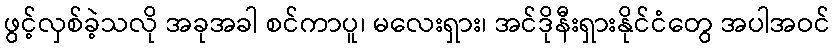
ဖွင့်လှစ်ခဲ့သလို အခုအခါ စင်ကာပူ၊ မလေးရှား၊ အင်ဒိုနီးရှားနိုင်ငံတွေ အပါအဝင်